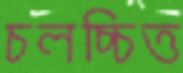
চলচ্চিত্ত